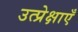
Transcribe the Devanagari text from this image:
उत्प्रेक्षाएँ